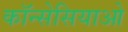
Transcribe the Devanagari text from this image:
कॉन्सेसियाओ